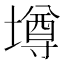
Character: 墫